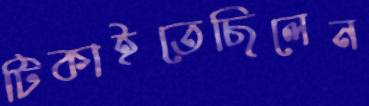
টিকাইতেছিলেন